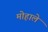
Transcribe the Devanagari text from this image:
मोहाले